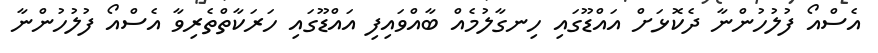
އެސްއޯ ފުލުހުންނާ ދެކޮޅަށް އައްޑޫގައި ހިނގާލުމެއް ބާއްވައިފި އައްޑޫގައި ހަރަކާތްތެރިވާ އެސްއޯ ފުލުހުންނާ